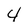
Character: 4